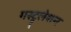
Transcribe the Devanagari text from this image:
गस्ट्रुलेशन